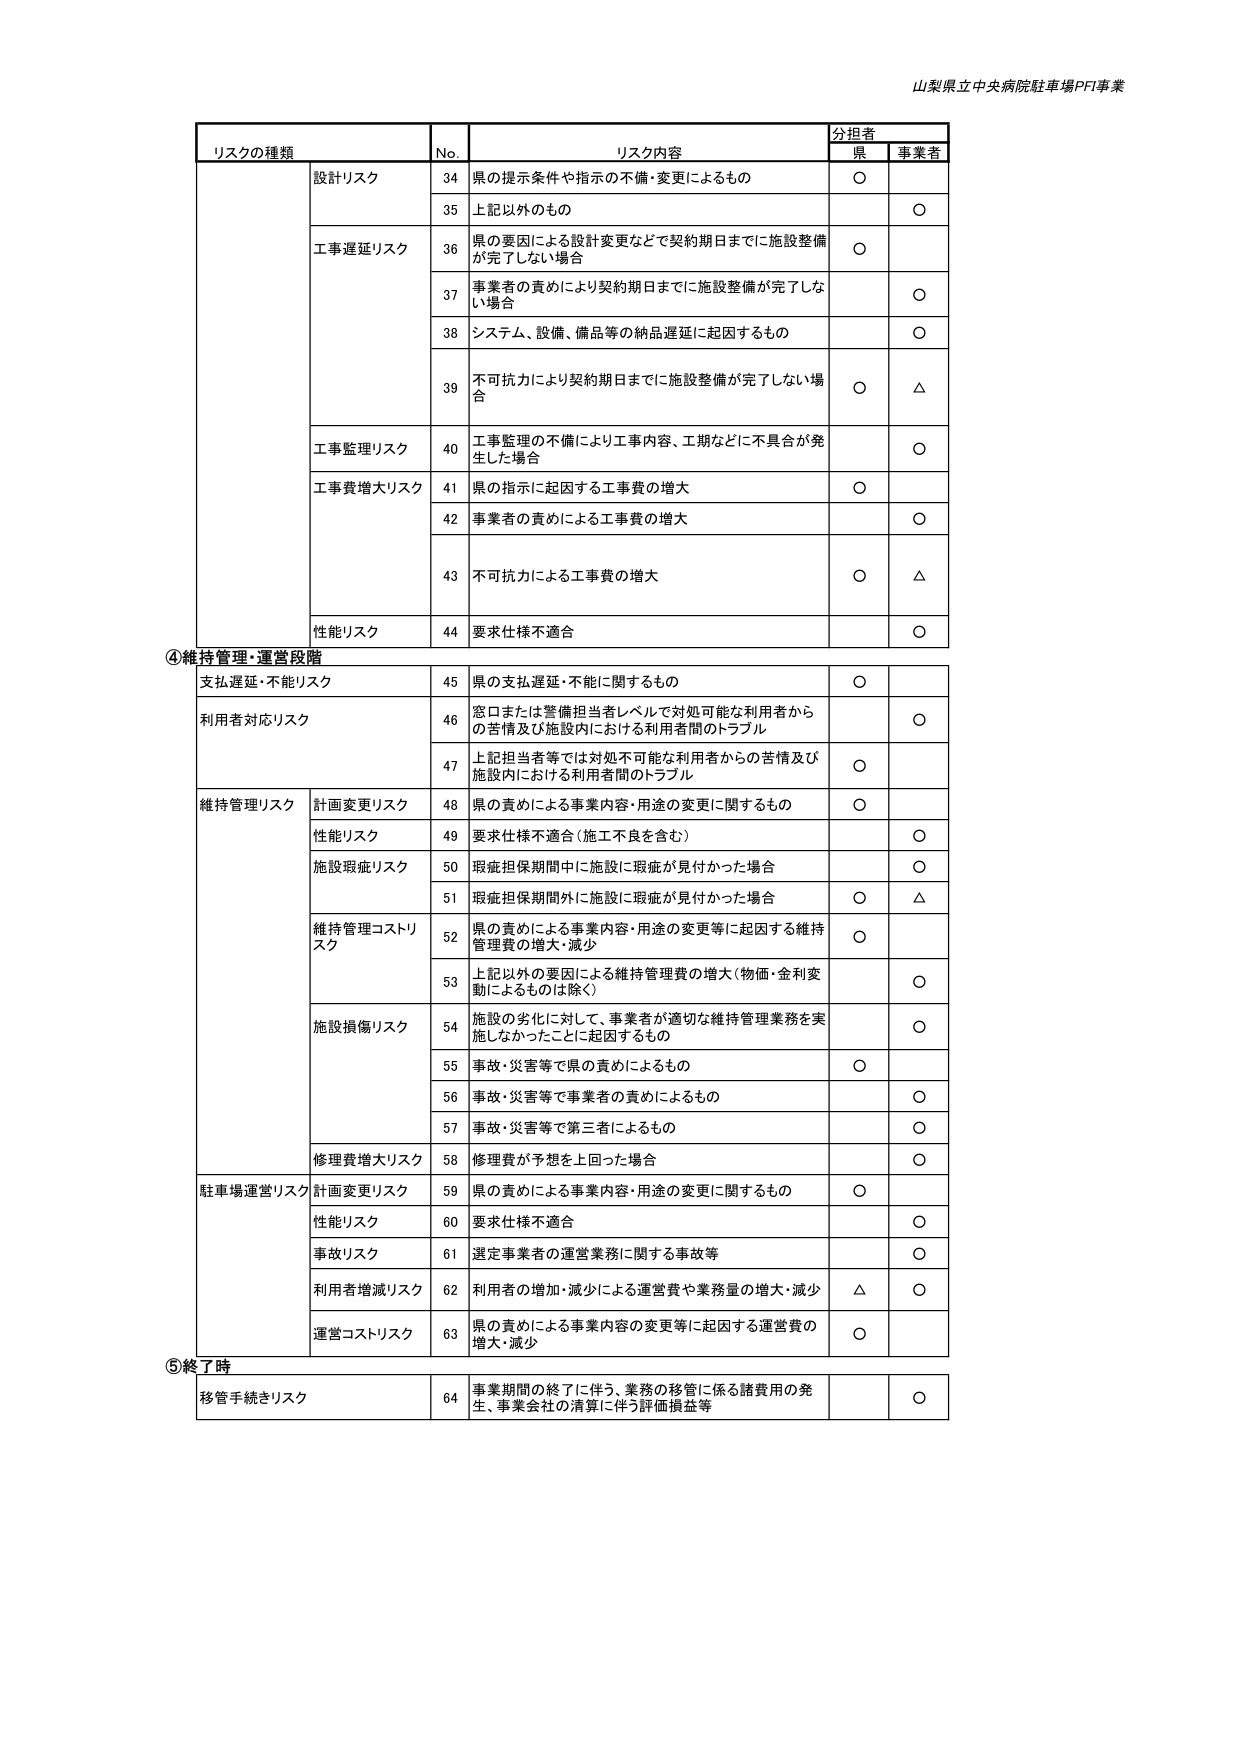
山梨県立中央病院駐車場PFI事業

リスクの種類	No.	リスク内容	分担者
		県	事業者
設計リスク	34	県の提示条件や指示の不備・変更によるもの	○
	35	上記以外のもの		○
工事遅延リスク	36	県の要因による設計変更などで契約期日までに施設整備が完了しない場合	○
	37	事業者の責めにより契約期日までに施設整備が完了しない場合		○
	38	システム、設備、備品等の納品遅延に起因するもの		○
	39	不可抗力により契約期日までに施設整備が完了しない場合	○	△
工事監理リスク	40	工事監理の不備により工事内容、工期などに不具合が発生した場合		○
工事費増大リスク	41	県の指示に起因する工事費の増大	○
	42	事業者の責めによる工事費の増大		○
	43	不可抗力による工事費の増大	○	△
性能リスク	44	要求仕様不適合		○

④維持管理・運営段階
支払遅延・不能リスク	45	県の支払遅延・不能に関するもの	○
利用者対応リスク	46	窓口または整備担当者レベルで対処可能な利用者からの苦情及び施設内における利用者間のトラブル		○
	47	上記担当者等では対処不可能な利用者からの苦情及び施設内における利用者間のトラブル	○
維持管理リスク	計画変更リスク	48	県の責めによる事業内容・用途の変更に関するもの	○
	性能リスク	49	要求仕様不適合（施工不良を含む）		○
	施設瑕疵リスク	50	瑕疵担保期間中に施設に瑕疵が見付かった場合		○
	51	瑕疵担保期間外に施設に瑕疵が見付かった場合	○	△
	維持管理コストリスク	52	県の責めによる事業内容・用途の変更等に起因する維持管理費の増大・減少	○
	53	上記以外の要因による維持管理費の増大（物価・金利変動によるものは除く）		○
	施設損傷リスク	54	施設の劣化に対して、事業者が適切な維持管理業務を実施しなかったことに起因するもの		○
	55	事故・災害等で県の責めによるもの	○
	56	事故・災害等で事業者の責めによるもの		○
	57	事故・災害等で第三者によるもの		○
	修理費増大リスク	58	修理費が予想を上回った場合		○
駐車場運営リスク	計画変更リスク	59	県の責めによる事業内容・用途の変更に関するもの	○
	性能リスク	60	要求仕様不適合		○
	事故リスク	61	選定事業者の運営業務に関する事故等		○
	利用者増減リスク	62	利用者の増加・減少による運営費や業務量の増大・減少	△	○
	運営コストリスク	63	県の責めによる事業内容の変更等に起因する運営費の増大・減少	○

⑤終了時
移管手続きリスク	64	事業期間の終了に伴う、業務の移管に係る諸費用の発生、事業会社の清算に伴う評価損益等		○